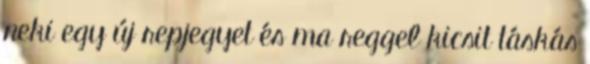
neki egy új repjegyet és ma reggel kicsit táskás